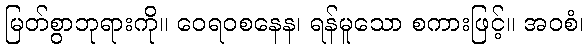
မြတ်စွာဘုရားကို။ ဝေရဝစနေန၊ ရန်မူသော စကားဖြင့်။ အဝစံ၊